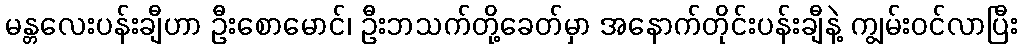
မန္တလေးပန်းချီဟာ ဦးစောမောင်၊ ဦးဘသက်တို့ခေတ်မှာ အနောက်တိုင်းပန်းချီနဲ့ ကျွမ်းဝင်လာပြီး